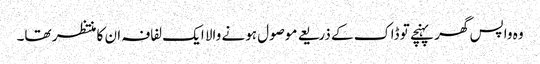
وہ واپس گھر پہنچے تو ڈاک کے ذریعے موصول ہونے والا ایک لفافہ ان کا منتظر تھا۔